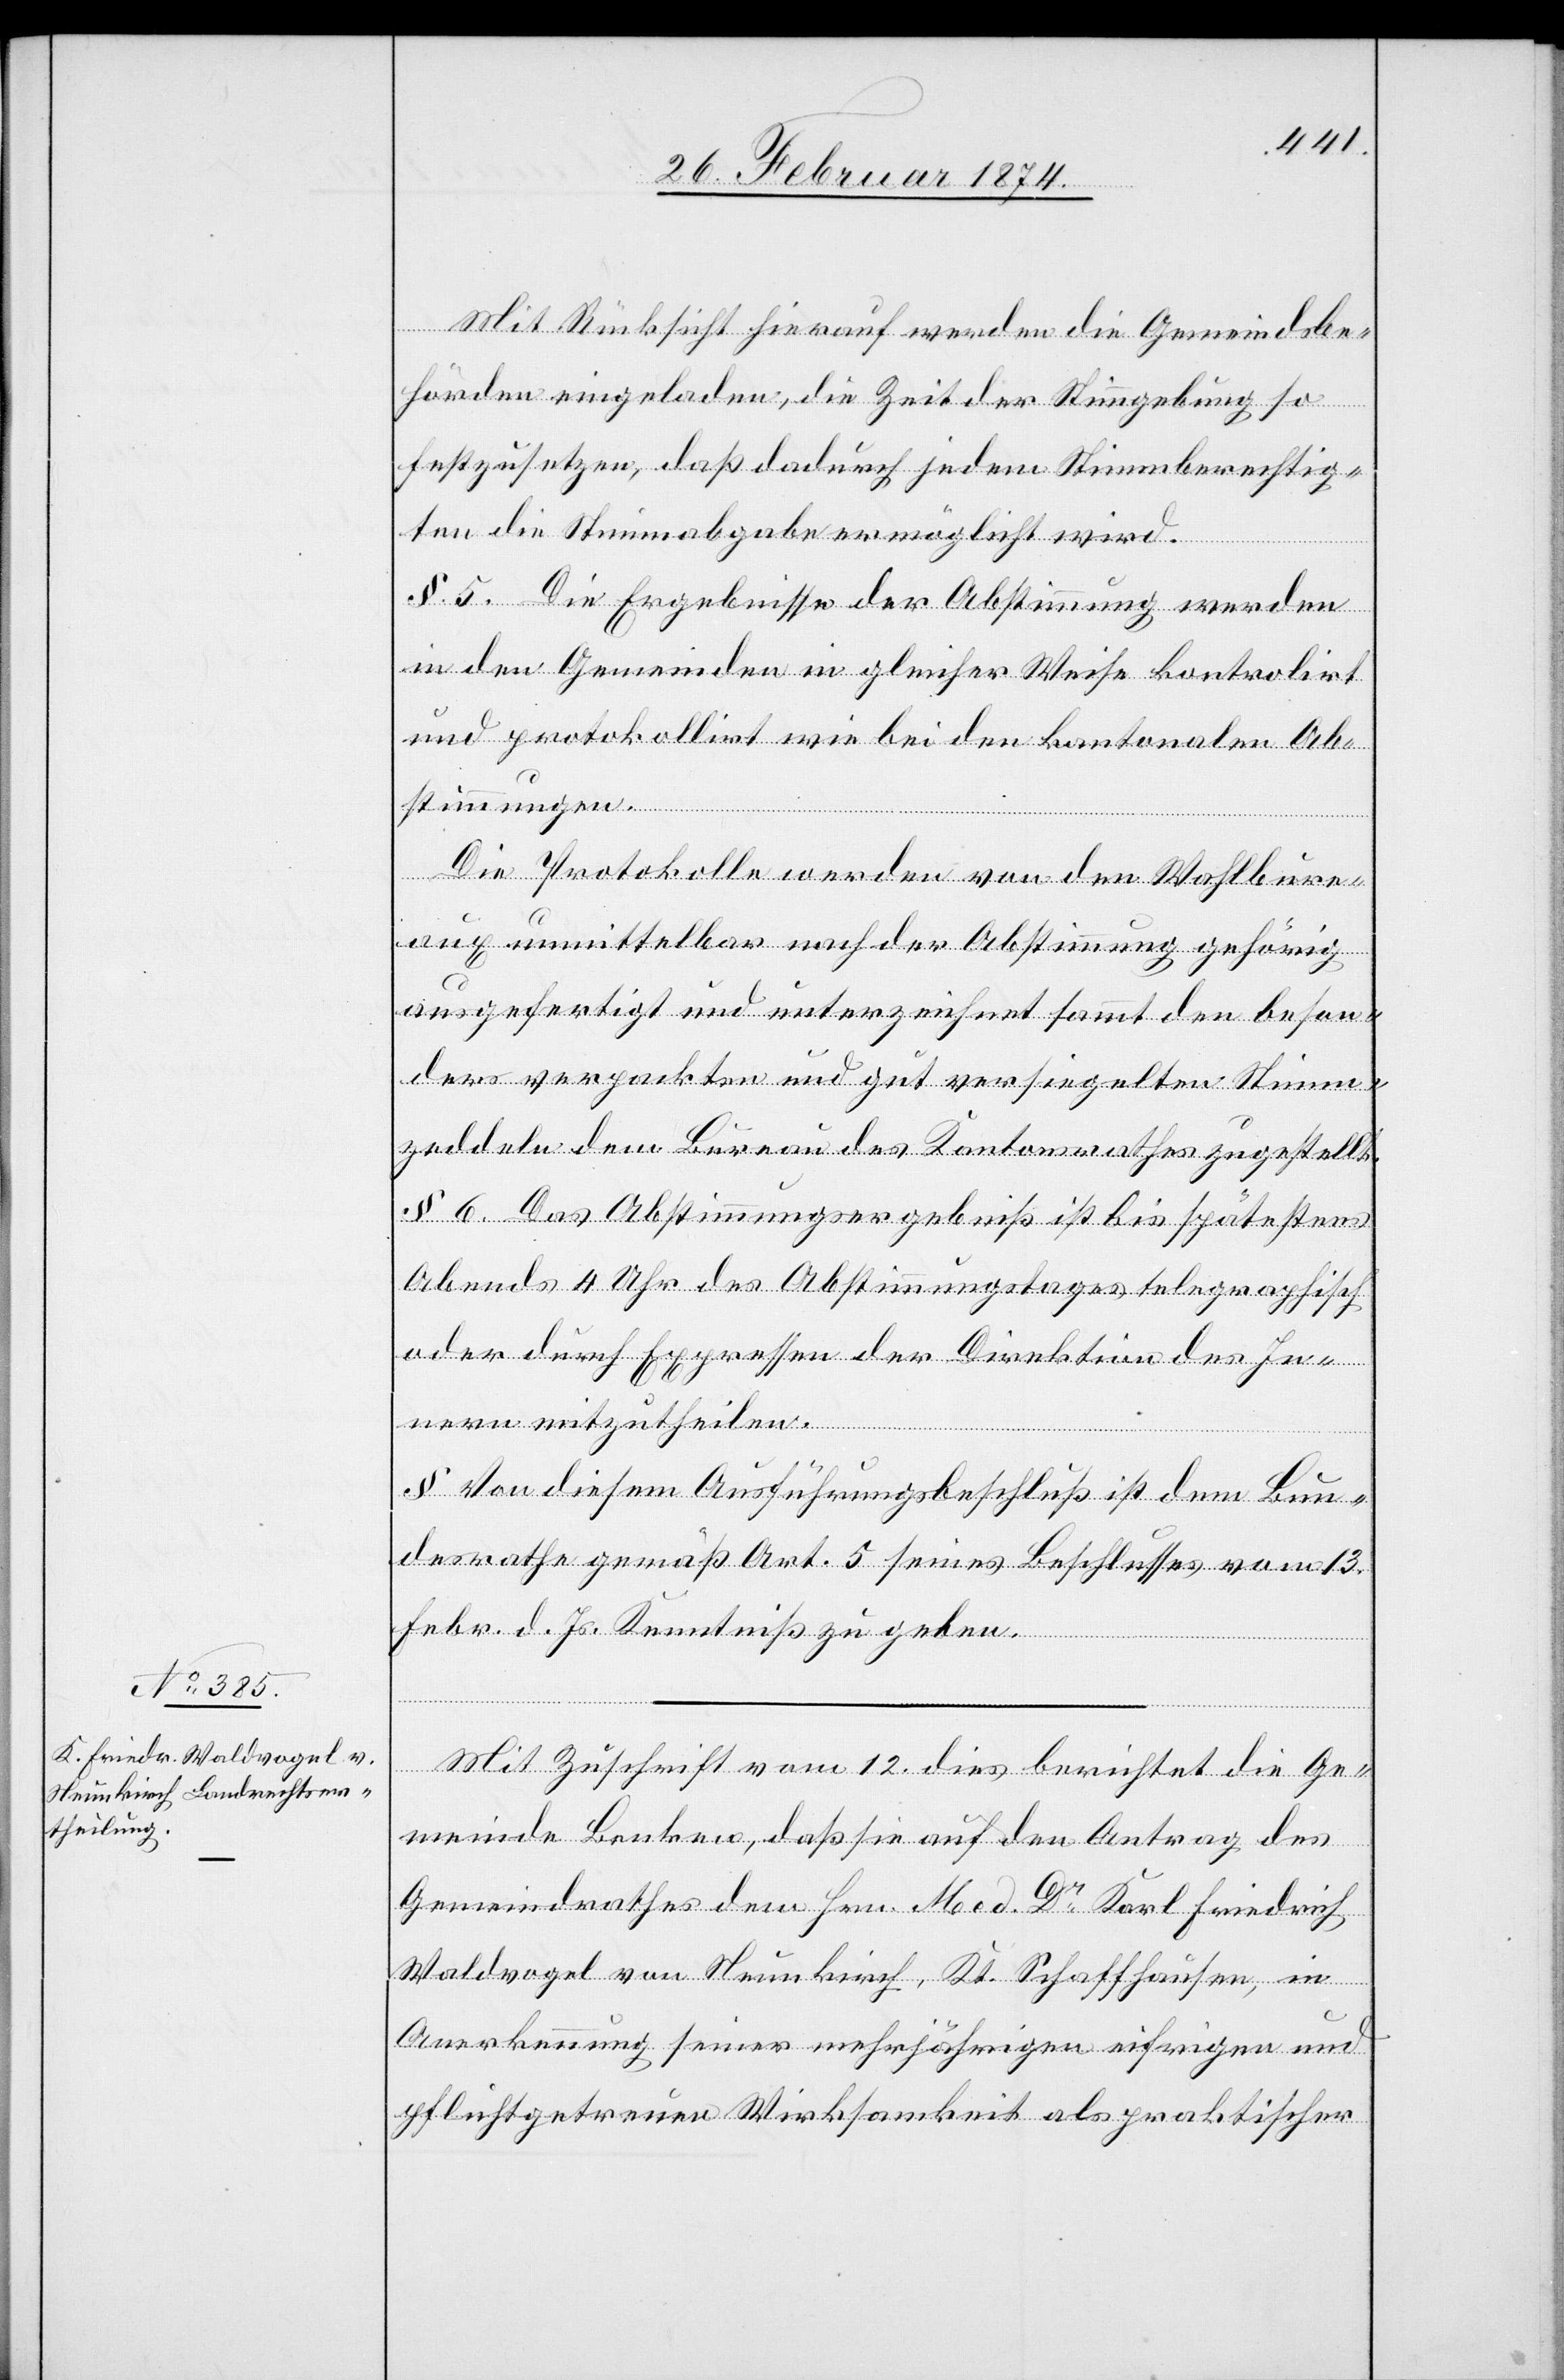
Mit Rücksicht hierauf werden die Gemeindsbe¬
hörden eingeladen, die Zeit der Stimmgebung so
festzusetzen, daß dadurch jedem Stimmberechtig¬
ten die Stimmabgabe ermöglicht wird.
§ 5. Die Ergebnisse der Abstimmung werden
in den Gemeinden in gleicher Weise kontrollirt
und protokollirt wie bei den kantonalen Ab¬
stimmungen.
Die Protokolle werden von den Wahlbure¬
aux unmittelbar nach der Abstimmung gehörig
ausgefertigt und unterzeichnet sammt den beson¬
ders verpackten und gut versiegelten Stimm¬
zedeln dem Bureau des Kantonsrathes zugestellt.
§ 6. Das Abstimmungsergebniß ist bis spätestens
Abends 4 Uhr des Abstimmungstages telegraphisch
oder durch Expressen der Direktion des In¬
nern mitzutheilen.
[7]. Von diesem Ausführungsbeschluß ist dem Bun¬
desrathe gemäß Art. 5 seines Beschlusses vom 13.
Febr. d. Js. Kenntniß zu geben.
Mit Zuschrift vom 12. dies berichtet die Ge¬
meinde Benken, daß sie auf den Antrag des
Gemeindrathes dem Hrn. Med. Dr. Karl Friedrich
Waldvogel von Neukirch, Kt. Schaffhausen, in
Anerkennung seiner mehrjährigen eifrigen und
pflichtgetreuen Wirksamkeit als praktischer